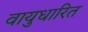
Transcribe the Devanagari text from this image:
वायुधारित